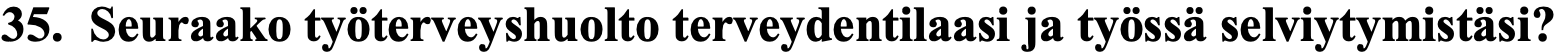
35. Seuraako työterveyshuolto terveydentilaasi ja työssä selviytymistäsi?